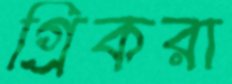
গ্রিকরা